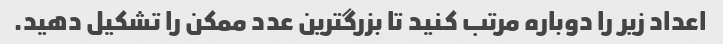
اعداد زیر را دوباره مرتب کنید تا بزرگترین عدد ممکن را تشکیل دهید.